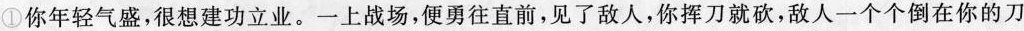
①你年轻气盛，很想建功立业。一上战场，便勇往直前，见了敌人,你挥刀就砍，敌人一个个倒在你的刀